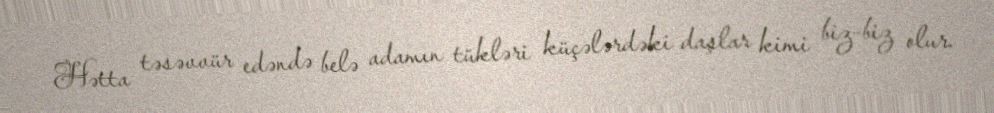
Hətta təsəvvür edəndə belə adamın tükləri küçələrdəki daşlar kimi biz-biz olur.